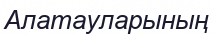
Алатауларының